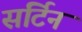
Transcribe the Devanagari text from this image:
सर्टिन